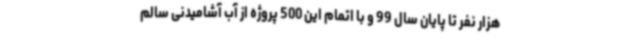
هزار نفر تا پایان سال 99 و با اتمام این 500 پروژه از آب آشامیدنی سالم